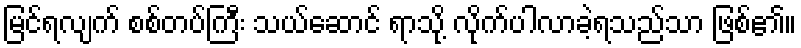
မြင်ရလျက် စစ်တပ်ကြီး သယ်ဆောင် ရာသို့ လိုက်ပါလာခဲ့ရသည်သာ ဖြစ်၏။